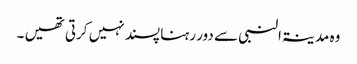
وہ مدینۃالنبی سے دور رہنا پسند نہیں کرتی تھیں ۔